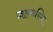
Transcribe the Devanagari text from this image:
जान्वस्थि